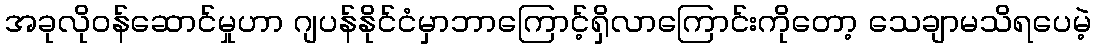
အခုလိုဝန်ဆောင်မှုဟာ ဂျပန်နိုင်ငံမှာဘာကြောင့်ရှိလာကြောင်းကိုတော့ သေချာမသိရပေမဲ့